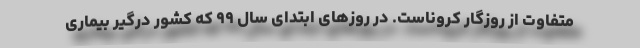
متفاوت از روزگار کروناست. در روزهای ابتدای سال ۹۹ که کشور درگیر بیماری